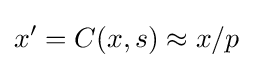
x'=C(x,s)\approx x/p